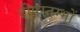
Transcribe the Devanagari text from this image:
दीपस्तम्भों